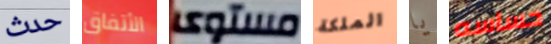
حدث الأتفاق مستوى الملكة يا حساسه